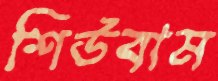
শিউবাম